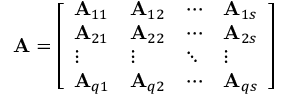
\mathbf { A } = { \left[ \begin{array} { l l l l } { \mathbf { A } _ { 1 1 } } & { \mathbf { A } _ { 1 2 } } & { \cdots } & { \mathbf { A } _ { 1 s } } \\ { \mathbf { A } _ { 2 1 } } & { \mathbf { A } _ { 2 2 } } & { \cdots } & { \mathbf { A } _ { 2 s } } \\ { \vdots } & { \vdots } & { \ddots } & { \vdots } \\ { \mathbf { A } _ { q 1 } } & { \mathbf { A } _ { q 2 } } & { \cdots } & { \mathbf { A } _ { q s } } \end{array} \right] }